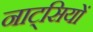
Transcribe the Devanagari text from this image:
नाट्सियों